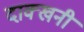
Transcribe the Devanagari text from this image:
दाक्खनी